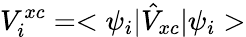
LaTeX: V_{i}^{xc}=<\psi_{i}|\hat{V}_{xc}|\psi_{i}>